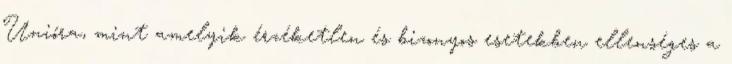
Unióra, mint amelyik érzéketlen és bizonyos esetekben ellenséges a